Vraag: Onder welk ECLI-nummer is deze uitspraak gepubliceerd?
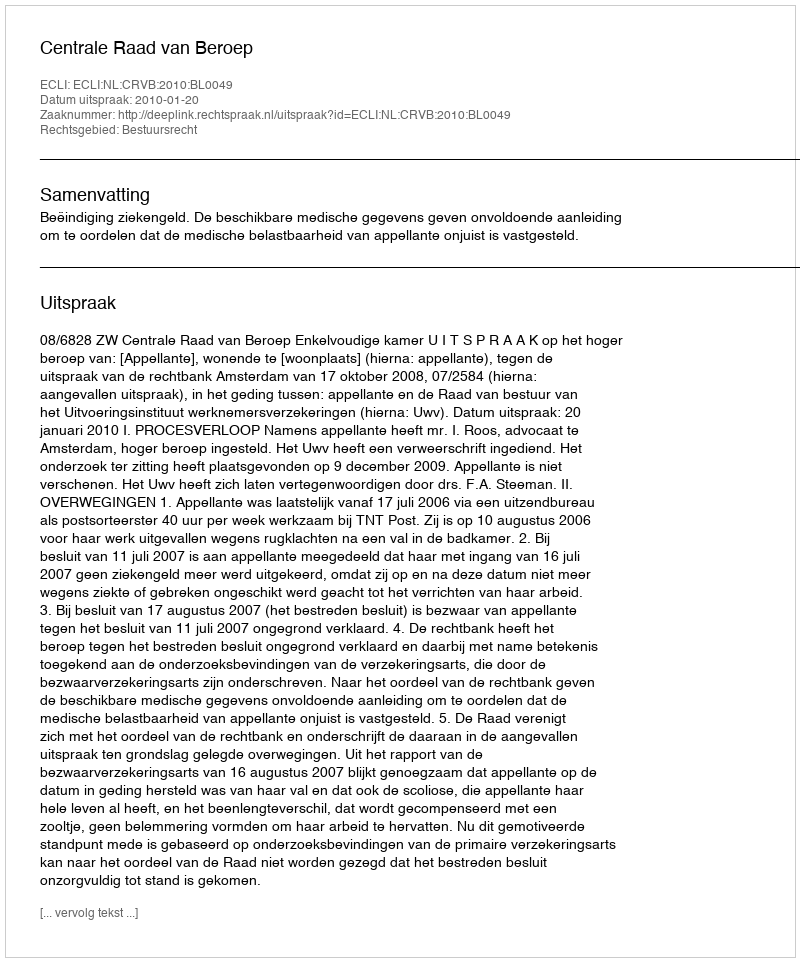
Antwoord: ECLI:NL:CRVB:2010:BL0049